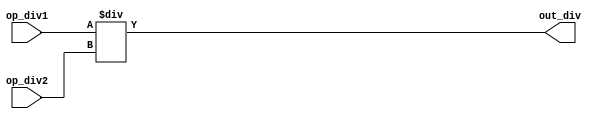
module divop(op_div1, op_div2, out_div);
input [3:0] op_div1;
input [3:0] op_div2;
output [3:0] out_div;
assign #20 out_div = op_div1 / op_div2;
endmodule